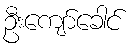
ဦးကျော်ခေါင်